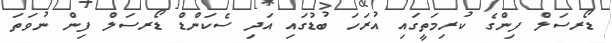
ޑޯރސަލް ފިންގެ ކުރިމަތީގައި އުރަހަ ބުޑުގައި އަދި ސެކަންޑް ޑޯރސަލް ފިން ނުވަތަ